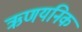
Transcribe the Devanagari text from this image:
ऋणयनिक